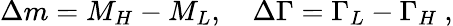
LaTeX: \Delta m=M_{H}-M_{L},\quad\Delta\Gamma=\Gamma_{L}-\Gamma_{H}~,